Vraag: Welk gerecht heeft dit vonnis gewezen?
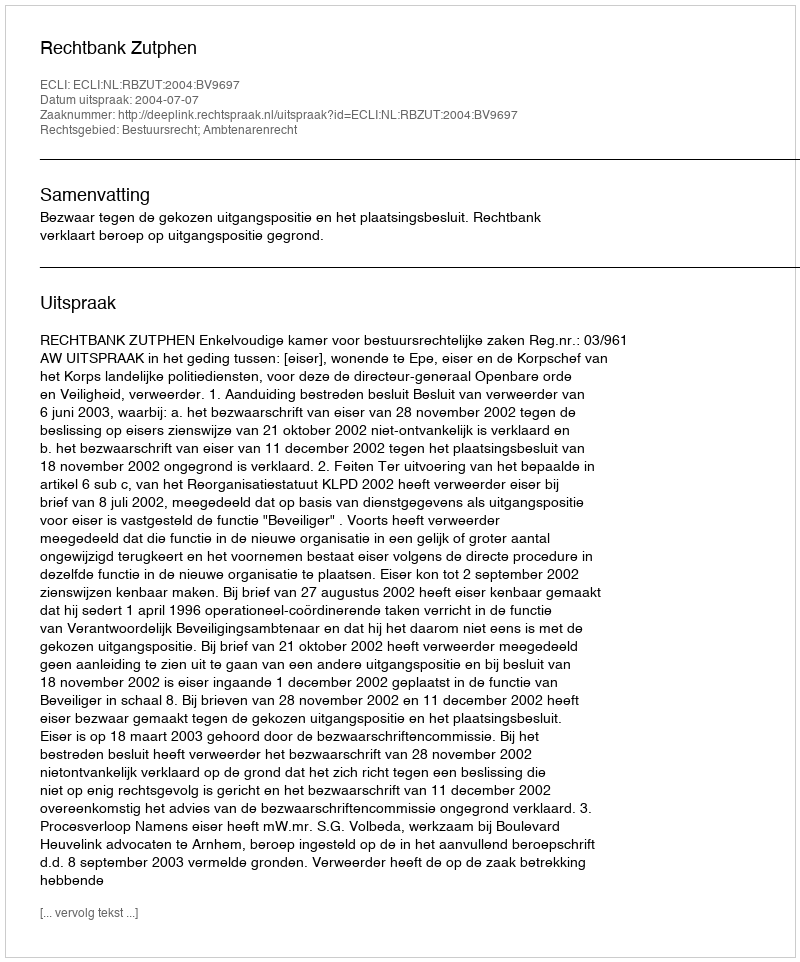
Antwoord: Rechtbank Zutphen